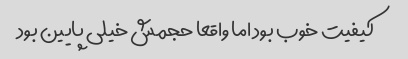
کیفیت خوب بود اما واقعا حجمش خیلی پایین بود